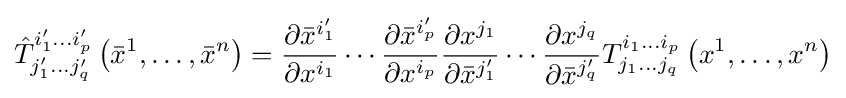
{\hat {T}}_{j'_{1}\dots j'_{q}}^{i'_{1}\dots i'_{p}}\left({\bar {x}}^{1},\ldots ,{\bar {x}}^{n}\right)={\frac {\partial {\bar {x}}^{i'_{1}}}{\partial x^{i_{1}}}}\cdots {\frac {\partial {\bar {x}}^{i'_{p}}}{\partial x^{i_{p}}}}{\frac {\partial x^{j_{1}}}{\partial {\bar {x}}^{j'_{1}}}}\cdots {\frac {\partial x^{j_{q}}}{\partial {\bar {x}}^{j'_{q}}}}T_{j_{1}\dots j_{q}}^{i_{1}\dots i_{p}}\left(x^{1},\ldots ,x^{n}\right)